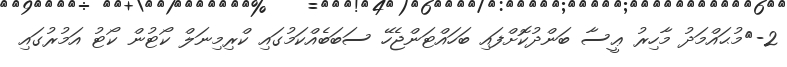
2-	މުޙައްމަދު މާހިރު ޢީސާ ބަންދުކޮށްފައި ބަހައްޓަންޖެހޭ ސަބަބެއްކަމުގައި ކްރިމިނަލް ކޯޓުން ކޯޓު އަމުރުގައި